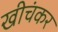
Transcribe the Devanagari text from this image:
खीचंकर